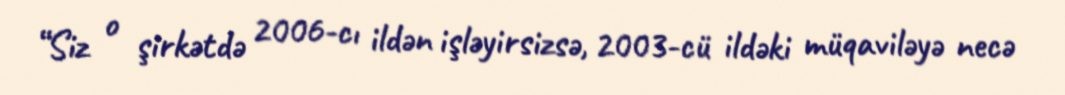
“Siz o şirkətdə 2006-cı ildən işləyirsizsə, 2003-cü ildəki müqaviləyə necə